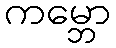
ကမ္ဘော